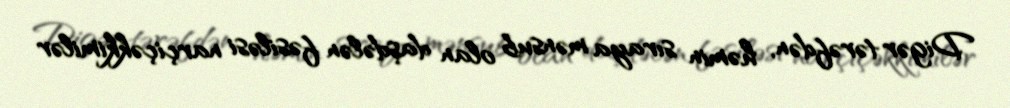
Digər tərəfdən, həmin sıraya mənsub olan daşdələn fəsiləsi narçiçəkkimilər